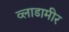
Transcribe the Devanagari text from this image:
व्लाडामीर